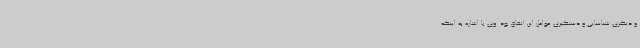
و دیگری شناسایی و دستگیری عوامل این اتفاق بود. وی با اشاره به اینکه